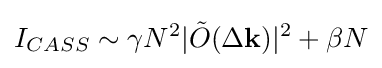
I_{CASS}\sim \gamma N^{2}|{\tilde {O}}(\Delta \mathbf {k} )|^{2}+\beta N